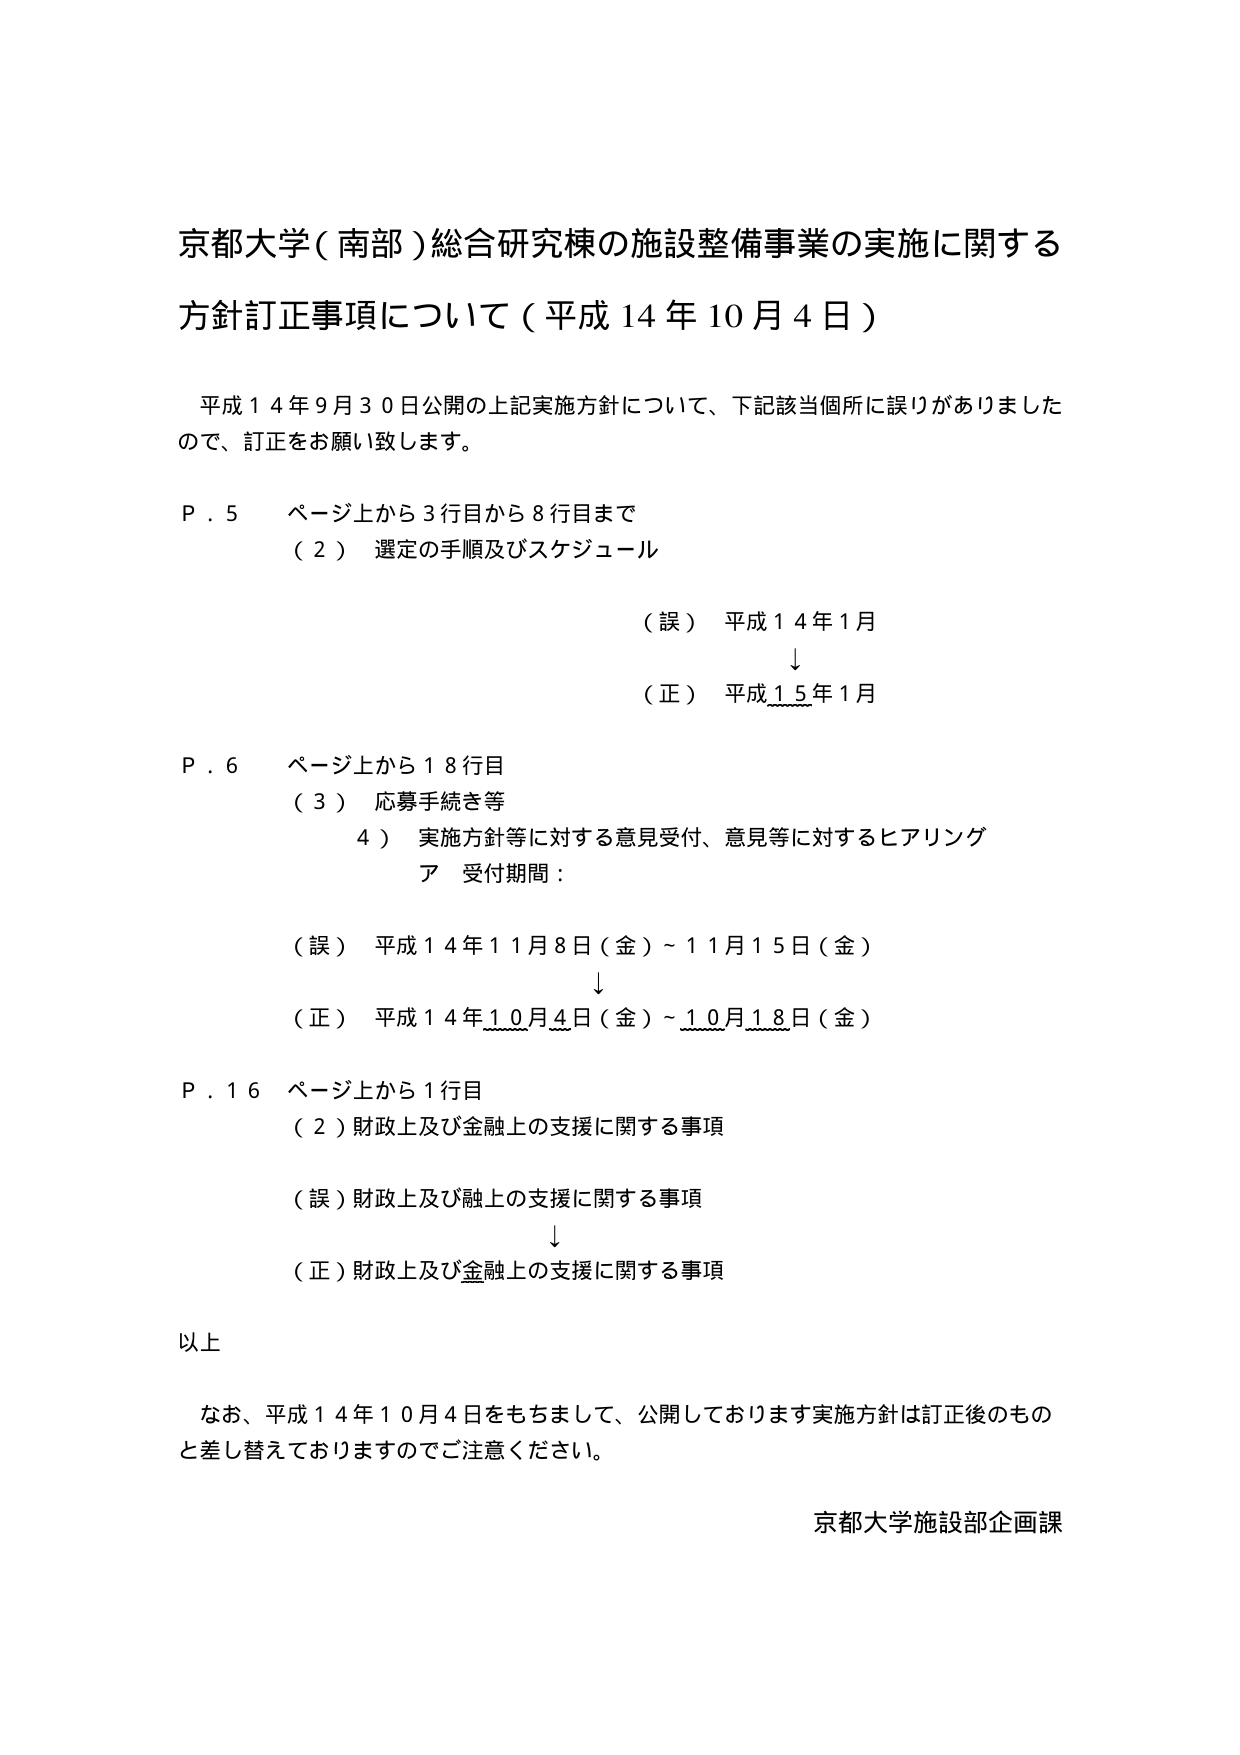
京都大学（南部）総合研究棟の施設整備事業の実施に関する
方針訂正事項について（平成14年10月4日）

平成14年9月30日公開の上記実施方針について、下記該当個所に誤りがありましたので、訂正をお願い致します。

P．5 ページ上から3行目から8行目まで
（2）選定の手順及びスケジュール

（誤）平成14年1月
↓
（正）平成15年1月

P．6 ページ上から18行目
（3）応募手続き等
　4）実施方針等に対する意見受付、意見等に対するヒアリング
　　ア 受付期間：

（誤）平成14年11月8日（金）～11月15日（金）
↓
（正）平成14年10月4日（金）～10月18日（金）

P．16 ページ上から1行目
（2）財政上及び金融上の支援に関する事項

（誤）財政上及び融上の支援に関する事項
↓
（正）財政上及び金融上の支援に関する事項

以上

なお、平成14年10月4日をもちまして、公開しております実施方針は訂正後のも のと差し替えておりますのでご注意ください。

京都大学施設部企画課